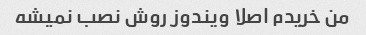
من خریدم اصلا ویندوز روش نصب نمیشه